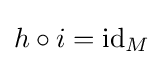
h\circ i=\mathrm {id} _{M}